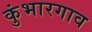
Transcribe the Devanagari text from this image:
कुंभारगाव